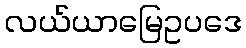
လယ်ယာမြေဥပဒေ